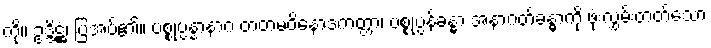
ကို။ ဥဒ္ဒိဋ္ဌံ၊ ပြအပ်၏။ ပစ္စုပ္ပန္နာနာဂ တတမဝိနောဒကတ္တာ၊ ပစ္စုပ္ပန်ခန္ဓာ အနာဂတ်ခန္ဓာကို ဖုံးလွှမ်းတတ်သော